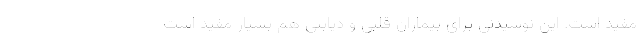
مفید است. این نوشیدنی برای بیماران قلبی و دیابتی هم بسیار مفید است